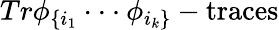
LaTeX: Tr\phi_{\{ i_{1}}\cdot\cdot\cdot\phi_{i_{k}\} }-\mathrm{traces}